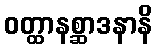
ဝတ္ထာနစ္ဆာဒနာနိ